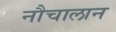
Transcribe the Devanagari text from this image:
नौचालान